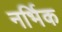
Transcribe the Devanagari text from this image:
नर्भिक